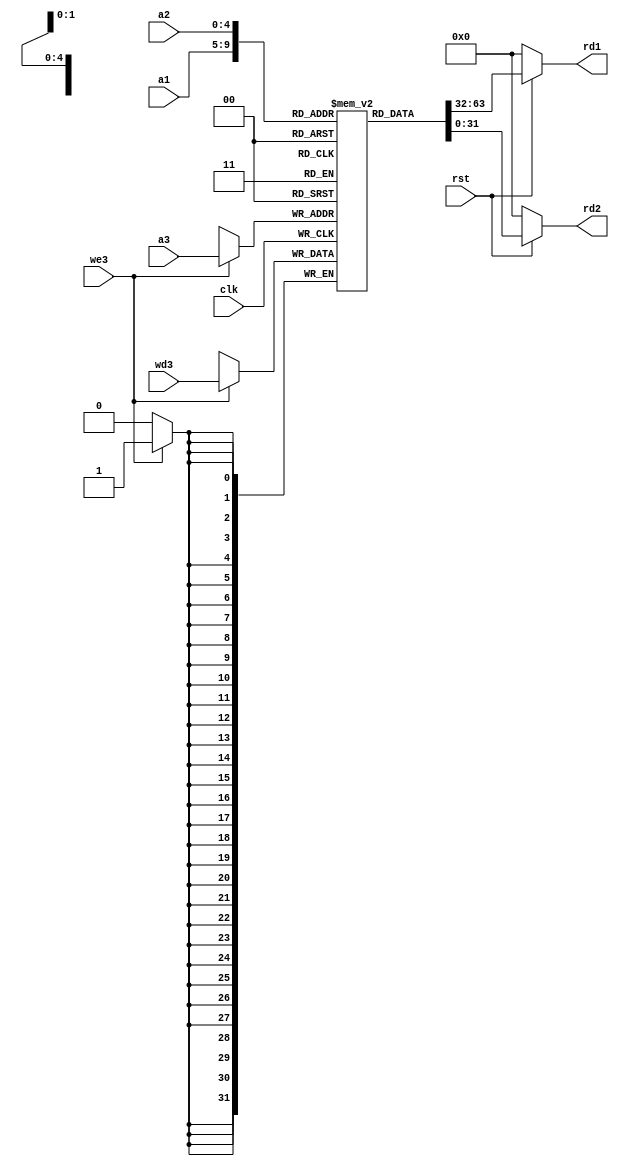
module reg_file(a1,a2,a3,wd3,we3,clk,rst,rd1,rd2);

input [4:0] a1,a2,a3;
input [31:0] wd3;
input we3,clk,rst;

output [31:0] rd1,rd2;

reg [31:0] registers [31:0];

assign rd1=(~rst)?32'h00000000:registers[a1];
assign rd2=(~rst)?32'h00000000:registers[a2];

always @(posedge clk)
begin

if(we3)
begin
registers[a3]<=wd3;
end

end 

initial 
begin
//registers[9]=32'h00000020;
//registers[6]=32'h00000040;

//registers[11]=32'h00000028;
//registers[12]=32'h00000030;

registers[5]=32'h00000006;
registers[6]=32'h0000000A;

//registers[5]=32'h00000005;
//registers[4]=32'h00000004;



end

endmodule